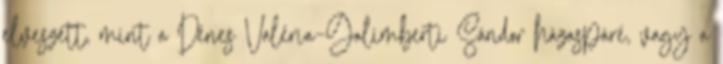
elveszett, mint a Dénes Valéria–Galimberti Sándor házaspáré, vagy a